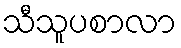
သီသူပစာလာ